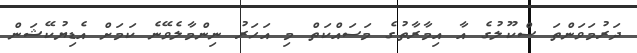
ދަރުމަވަންތަ ސްކޫލުގެ އާ އިމާރާތުގެ މަސައްކަތް މި އަހަރު ނިންމާލެވޭނެ ކަމަށް އެޑިޔުކޭޝަން